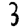
Digit: 3